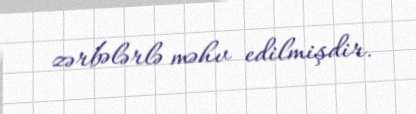
zərbələrlə məhv edilmişdir.